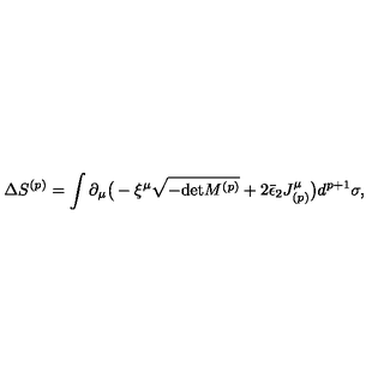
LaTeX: \Delta S ^ { ( p ) } = \int \partial _ { \mu } \big ( - \xi ^ { \mu } \sqrt { - \mathrm { d e t } M ^ { ( p ) } } + 2 \bar { \epsilon } _ { 2 } J _ { ( p ) } ^ { \mu } \big ) d ^ { p + 1 } \sigma ,